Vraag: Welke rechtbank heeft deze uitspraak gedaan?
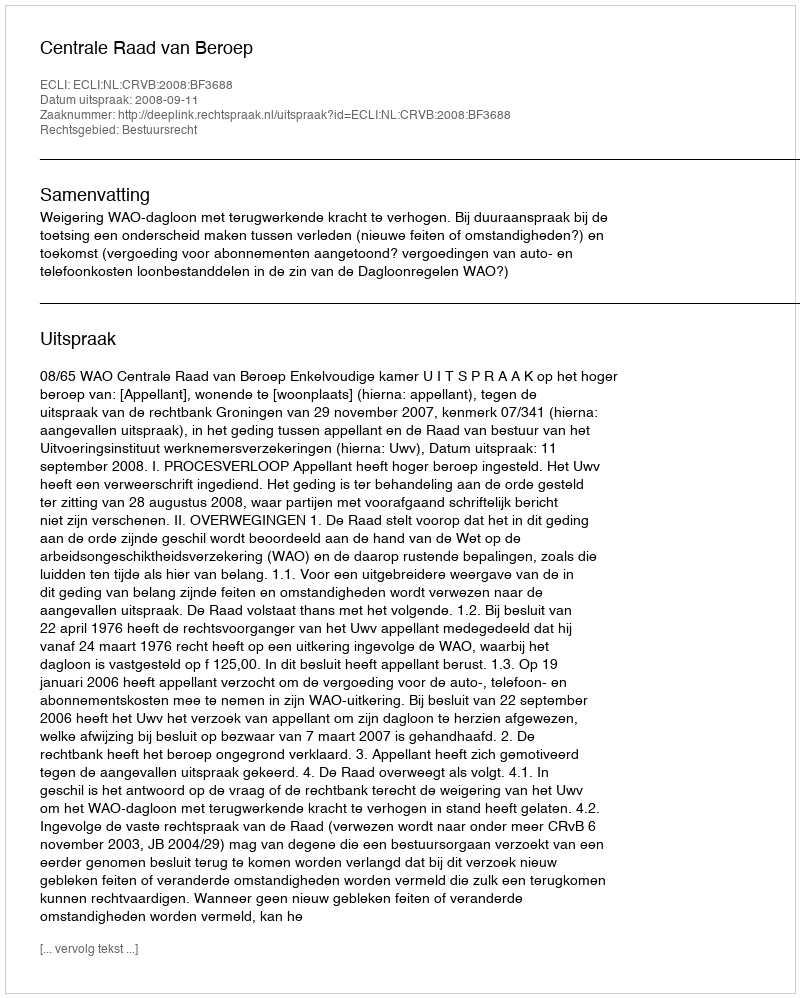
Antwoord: Centrale Raad van Beroep